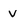
Character: v